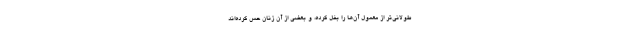
طولانی‌تر از معمول آن‌ها را بغل کرده، و بعضی از آن زنان حس کرده‌اند